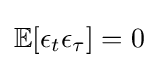
\mathbb {E} [\epsilon _{t}\epsilon _{\tau }]=0